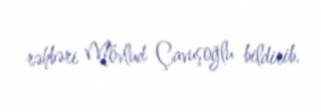
rəhbəri Mövlud Çavuşoğlu bildirib.